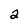
Character: 2